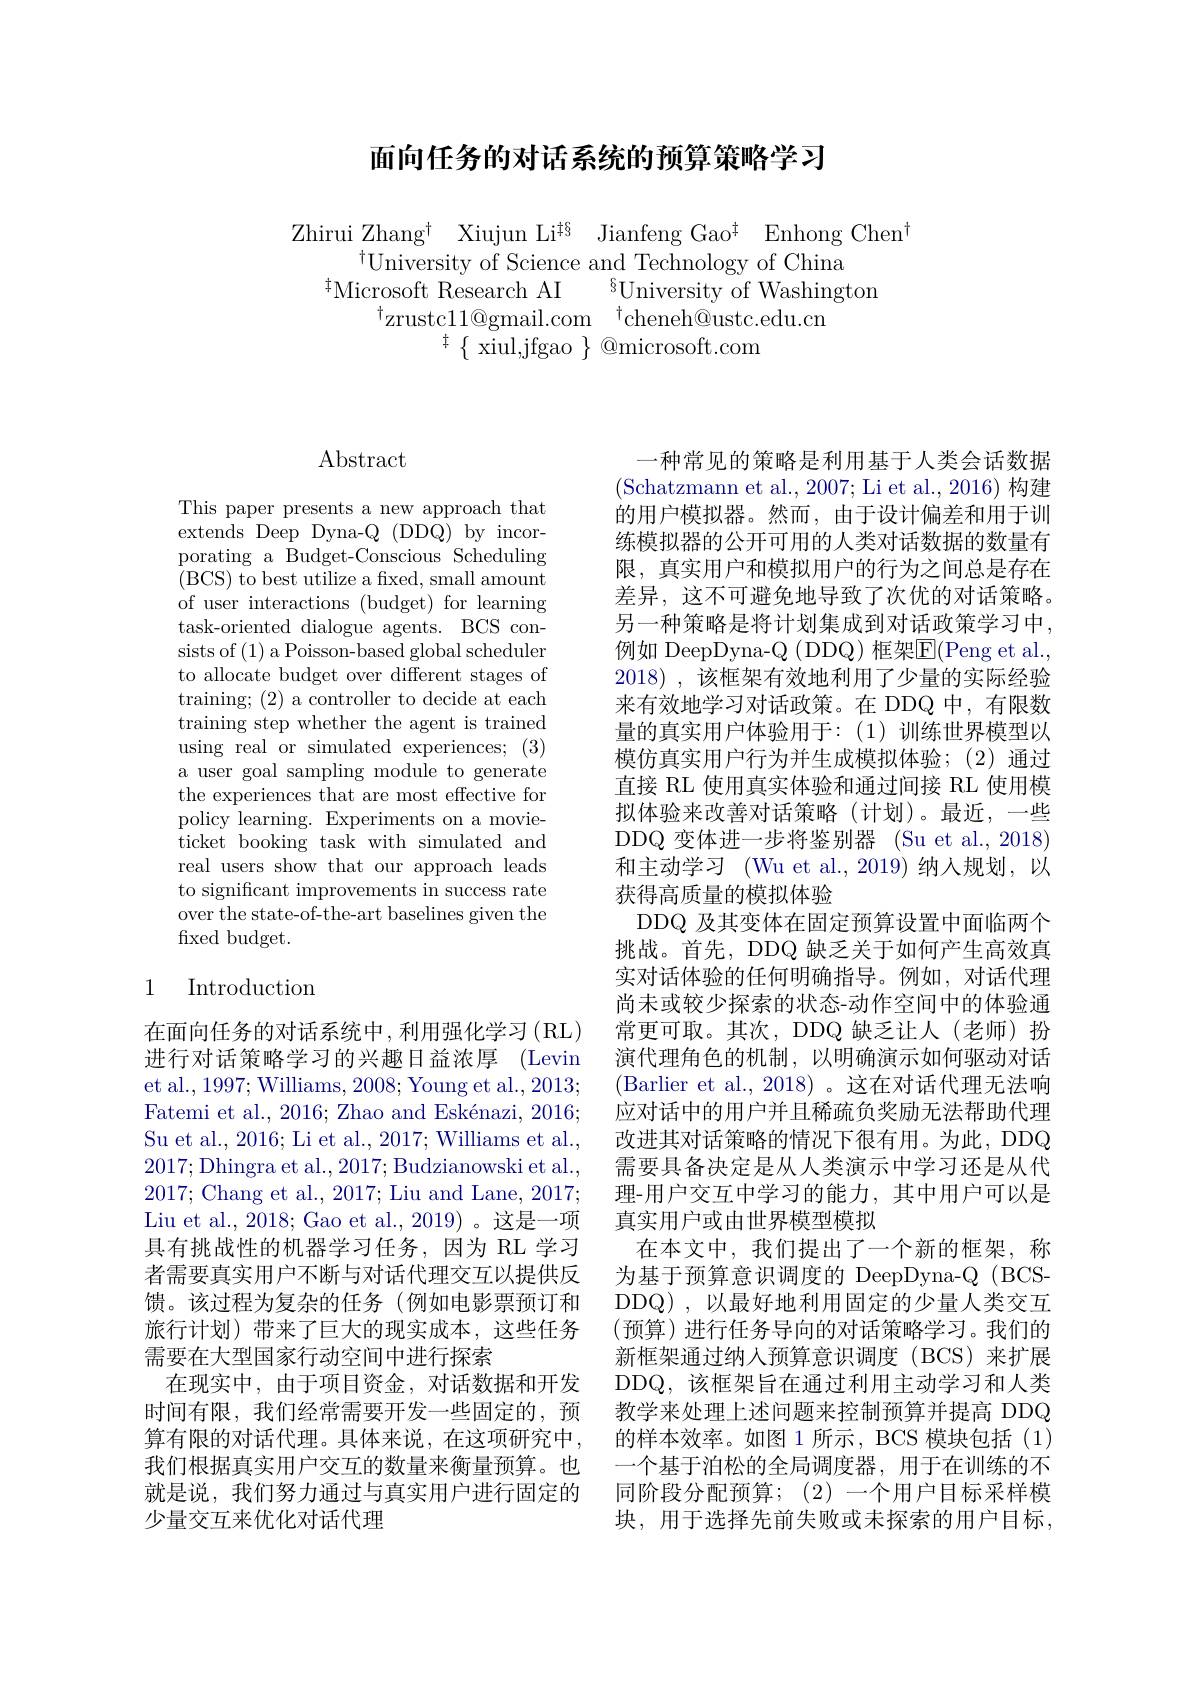
## 面向任务的对话系统的预算策略学习

Zhirui Zhang$^\dagger$ Xiujun Li$^{\ddagger\S}$ Jianfeng Gao$^\dagger$ Enhong Chen$^\dagger$
$^{\dagger}$University of Science and Technology of China
${}^{\ddagger}$Microsoft Research AI$\:^{\S}$University of Washington
$^{\dagger}$zrustcl1@gmail.com$^{\dagger}$cheneh@ustc.edu.cn
$^{\ddagger}\{$ xiul,jfgao $\}$ @microsoft.com

# Abstract

This paper presents a new approach that extends Deep Dyna-Q (DDQ) by incorporating a Budget-Conscious Scheduling (BCS) to best utilize a fxed, small amount of user interactions (budget) for learning task-oriented dialogue agents. BCS consists of (1) a Poisson-based global scheduler to allocate budget over different stages of training; (2) a controller to decide at each training step whether the agent is trained using real or simulated experiences; (3) a user goal sampling module to generate the experiences that are most effective for policy learning. Experiments on a movieticket booking task with simulated and real users show that our approach leads to significant improvements in success rate over the state-of-the-art baselines given the fixed budget.

## 1 Introduction

在面向任务的对话系统中，利用强化学习(RL) 进行对话策略学习的兴趣日益浓厚(Levin et al., 1997; Williams, 2008; Young et al., 2013; Fatemi et al., 2016; Zhao and Eskénazi, 2016; Su et al., 2016; Li et al., 2017; Williams et al., 2017;Dhingra et al.,2017;Budzianowski et al., 2017; Chang et al., 2017; Liu and Lane, 2017; Liu et al., 2018; Gao et al., 2019)。这是一项具有挑战性的机器学习任务，因为 RL 学习者需要真实用户不断与对话代理交互以提供反馈。该过程为复杂的任务(例如电影票预订和旅行计划)带来了巨大的现实成本，这些任务需要在大型国家行动空间中进行探索
在现实中，由于项目资金，对话数据和开发时间有限，我们经常需要开发一些固定的，预算有限的对话代理。具体来说，在这项研究中， 我们根据真实用户交互的数量来衡量预算。也就是说，我们努力通过与真实用户进行固定的少量交互来优化对话代理

一种常见的策略是利用基于人类会话数据(Schatzmann et al., 2007; Li et al., 2016) 构建的用户模拟器。然而，由于设计偏差和用于训练模拟器的公开可用的人类对话数据的数量有限，真实用户和模拟用户的行为之间总是存在差异，这不可避免地导致了次优的对话策略。另一种策略是将计划集成到对话政策学习中， 例如 DeepDyna-Q (DDQ) 框架$\overline{\mathrm{E}}($Peng et al. 2018) ,该框架有效地利用了少量的实际经验来有效地学习对话政策。在 DDQ 中，有限数量的真实用户体验用于：(1)训练世界模型以模仿真实用户行为并生成模拟体验；(2)通过直接 RL 使用真实体验和通过间接 RL 使用模拟体验来改善对话策略(计划)。最近，一些DDQ 变体进一步将鉴别器 (Su et al., 2018) 和主动学习 (Wu et al., 2019) 纳人规划，以获得高质量的模拟体验
DDQ 及其变体在固定预算设置中面临两个挑战。首先，DDQ 缺乏关于如何产生高效真实对话体验的任何明确指导。例如，对话代理尚未或较少探索的状态-动作空间中的体验通常更可取。其次，DDQ 缺乏让人(老师)扮演代理角色的机制，以明确演示如何驱动对话(Barlier et al., 2018)。这在对话代理无法响应对话中的用户并且稀疏负奖励无法帮助代理改进其对话策略的情况下很有用。为此，DDQ 需要具备决定是从人类演示中学习还是从代理-用户交互中学习的能力，其中用户可以是真实用户或由世界模型模拟
在本文中，我们提出了一个新的框架，称为基于预算意识调度的 DeepDyna-Q (BCSDDQ),以最好地利用固定的少量人类交互(预算)进行任务导向的对话策略学习。我们的新框架通过纳人预算意识调度(BCS)来扩展DDQ,该框架旨在通过利用主动学习和人类教学来处理上述问题来控制预算并提高 DDQ 的样本效率。如图 1 所示，BCS 模块包括(1) 一个基于泊松的全局调度器，用于在训练的不同阶段分配预算；(2)一个用户目标采样模块，用于选择先前失败或未探索的用户目标，